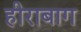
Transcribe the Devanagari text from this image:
हीराबाग